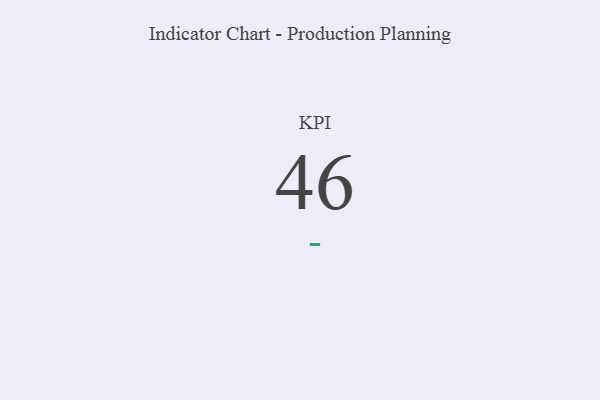
{"axis": {"x": "KPI", "y": "Value"}, "legend": [""], "data": [{"x": "KPI", "y": 46, "type": ""}]}